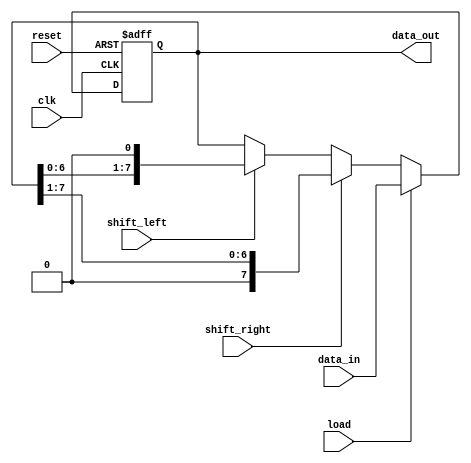
module ShiftRegister #(
    parameter WIDTH = 8  // Width of the shift register (number of bits)
) (
    input wire clk,              // Clock signal
    input wire reset,            // Reset signal
    input wire shift_right,      // Shift right control signal
    input wire shift_left,       // Shift left control signal
    input wire [WIDTH-1:0] data_in, // Parallel input data
    input wire load,             // Load control signal
    output reg [WIDTH-1:0] data_out // Parallel output data
);
    
    // Register to hold the shift register state
    reg [WIDTH-1:0] shift_reg;

    // Always block for shift operations and loading
    always @(posedge clk or posedge reset) begin
        if (reset) begin
            // Clear the shift register on reset
            shift_reg <= {WIDTH{1'b0}};
        end else if (load) begin
            // Load data in parallel
            shift_reg <= data_in;
        end else if (shift_right) begin
            // Shift right
            shift_reg <= {1'b0, shift_reg[WIDTH-1:1]}; // Shift right and fill with 0
        end else if (shift_left) begin
            // Shift left
            shift_reg <= {shift_reg[WIDTH-2:0], 1'b0}; // Shift left and fill with 0
        end
    end

    // Output the current state of the shift register
    always @* begin
        data_out = shift_reg;
    end

endmodule